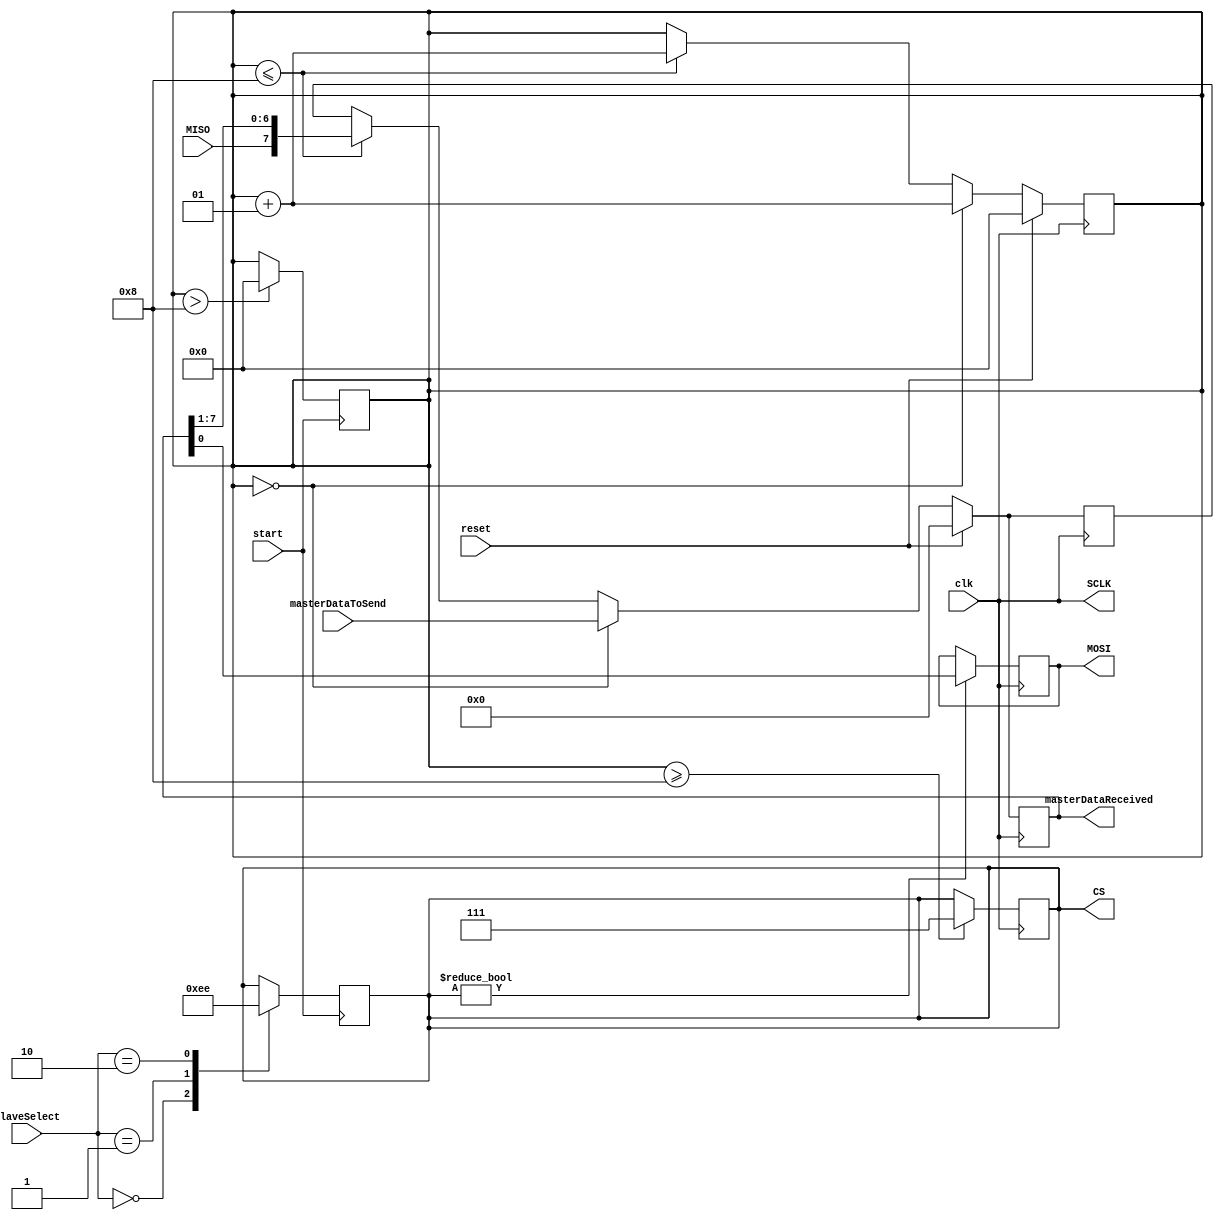
 module Master(
	clk, reset, start, slaveSelect, 
	masterDataToSend, masterDataReceived,
	SCLK, CS, MOSI, MISO
);
input clk; 
input reset; 
input start; 
input [1:0] slaveSelect; 
input [7:0] masterDataToSend; 
output reg [7:0] masterDataReceived;
output SCLK;    
output reg [0:2] CS; 
output reg MOSI;  
input MISO;
reg [7:0] next;
assign SCLK = clk;
integer count;

always @ (negedge clk)begin
	if(CS) MOSI <= masterDataReceived[0];
end

always @(posedge start) begin
	if(count >8 )count =0;
	case(slaveSelect)
		0: CS = 3'b011;
		1: CS = 3'b101;
		2: CS = 3'b110;
	endcase
end

always @ (posedge clk) begin
	if(count>=8) CS =3'b111;

end

always @ (posedge clk) begin

	if(reset) begin
		next =0;
		count =0;
	end
	else if(count ==0) begin
		next=masterDataToSend;
		count = count +1;
	end
	else if(count <=8)begin
		next = {MISO,masterDataReceived[7:1]};
		count = count +1;
	end
masterDataReceived<=next;
end
endmodule